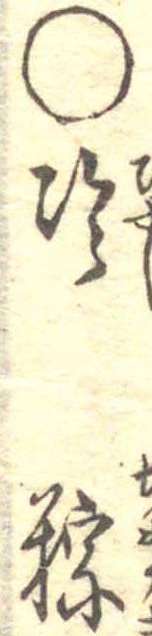
○冷粽